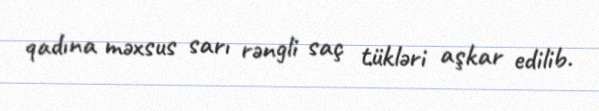
qadına məxsus sarı rəngli saç tükləri aşkar edilib.